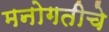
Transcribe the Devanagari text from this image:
मनोगतीचे